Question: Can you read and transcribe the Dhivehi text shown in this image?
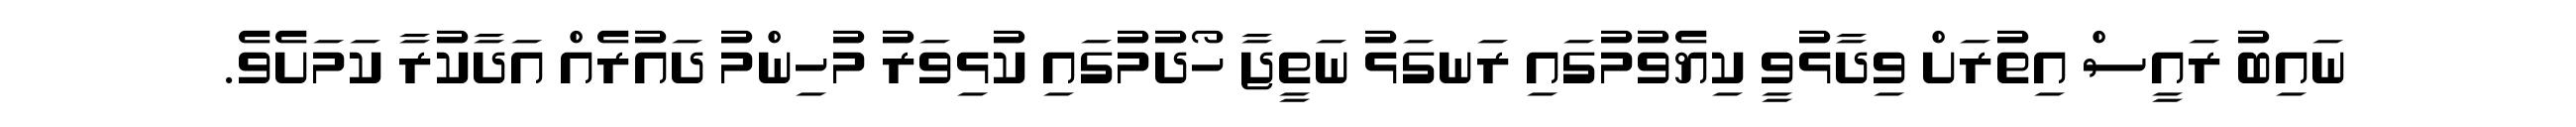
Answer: ނައިބު ރައީސް އިތުރަށް ވިދާޅުވީ ކިޔެވުމުގައި ރަނގަޅު ނަތީޖާ ހޯދުމުގައި ކުޅިވަރު މުހިންމު ދައުރެއް އަދާކުރާ ކަމަށެވެ.